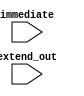
module extend_8_32(
    input wire [7:0] immediate,
    input wire [31:0] extend_out
);

    assign extend_out = (immediate[7]) ? {{24{1'b1}}, immediate} : {{24{1'b0}}, immediate};

endmodule